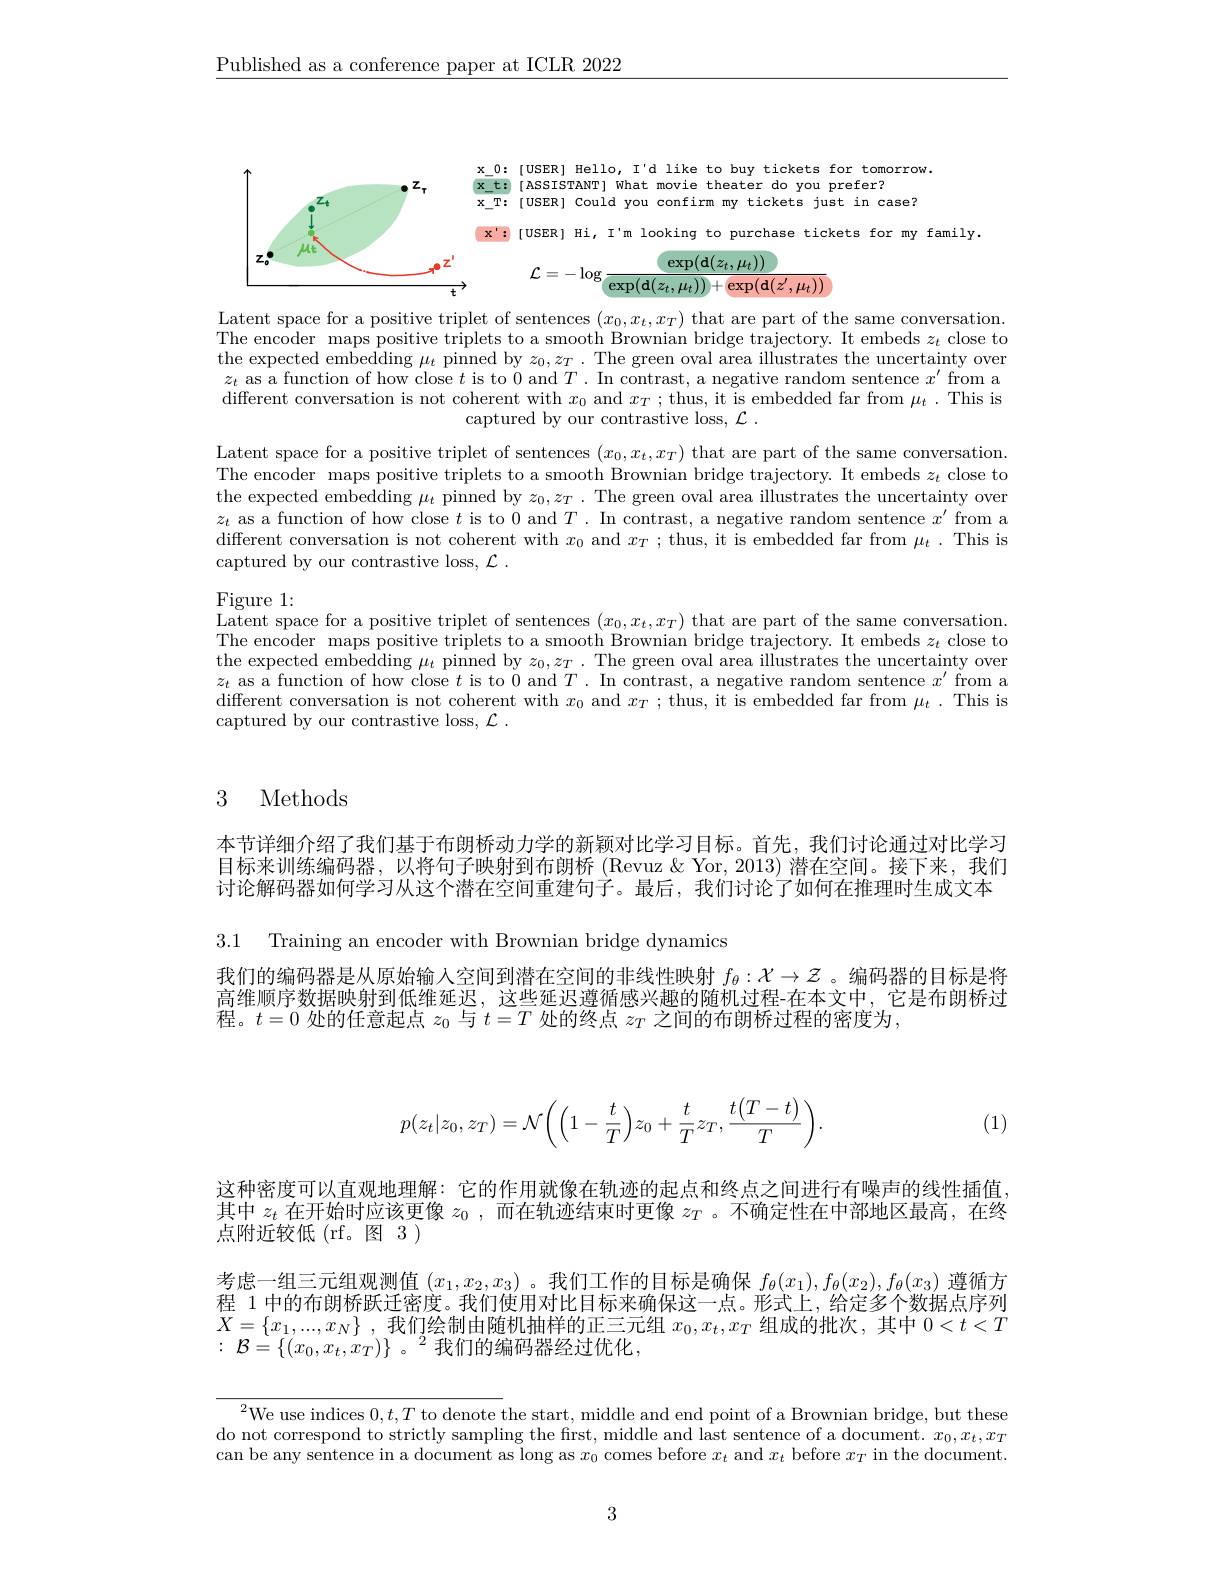
$\underline{\text{Published as a conference paper at ICLR 2022}}$

tomorrow. case?

<FigureHere>

for my family

Latent space for a positive triplet of sentences $(x_0,x_t,x_T)$ that are part of the same conversation. The encoder maps positive triplets to a smooth Brownian bridge trajectory. It embeds $z_t$ close to the expected embedding $\mu_t$ pinned by $z_0,z_T.$ The green oval area illustrates the uncertainty over $z_t$ as a function of how close $t$ is to 0 and $T.$ In contrast, a negative random sentence $x^\prime$ from
different conversation is not coherent with $x_0$ and $x_T;$ thus, it is embedded far from $\mu_t.$ This is
captured by our contrastive loss, $\mathcal{L}$ .

Latent space for a positive triplet of sentences $(x_0,x_t,x_T)$ that are part of the same conversation. The encoder maps positive triplets to a smooth Brownian bridge trajectory. It embeds $z_t$ close to the expected embedding $\mu_t$ pinned by $z_0,z_T.$ The green oval area illustrates the uncertainty over $z_t$ as a function of how close $t$ is to 0 and $T.$ In contrast, a negative random sentence $x^\prime$ from a different conversation is not coherent with $x_0$ and $x_T;$ thus, it is embedded far from $\mu_t.$ This is captured by our contrastive loss, $\mathcal{L}$ .

Figure 1:
Latent space for a positive triplet of sentences $(x_0,x_t,x_T)$ that are part of the same conversation. The encoder maps positive triplets to a smooth Brownian bridge trajectory. It embeds $z_t$ close to the expected embedding $\mu_t$ pinned by $z_0,z_T.$ The green oval area illustrates the uncertainty over $z_t$ as a function of how close $t$ is to 0 and $T.$ In contrast, a negative random sentence $x^\prime$ from different conversation is not coherent with $x_0$ and $x_T;$ thus, it is embedded far from $\mu_t.$ This is
captured by our contrastive loss, $\mathcal{L}$ .

### 3 Methods

本节详细介绍了我们基于布朗桥动力学的新颖对比学习目标。首先，我们讨论通过对比学习目标来训练编码器，以将句子映射到布朗桥 (Revuz & Yor, 2013) 潜在空间。接下来，我们讨论解码器如何学习从这个潜在空间重建句子。最后，我们讨论了如何在推理时生成文本

3.1 Training an encoder with Brownian bridge dynamics

我们的编码器是从原始输人空间到潜在空间的非线性映射$f_\theta:\mathcal{X}\to\mathcal{Z}$ 。编码器的目标是将高维顺序数据映射到低维延迟，这些延迟遵循感兴趣的随机过程-在本文中，它是布朗桥过程。$t=0$处的任意起点$z_0$与$t=T$处的终点$\bar{z_T}$之间的布朗桥过程的密度为，
$$p(z_t|z_0,z_T)=\mathcal{N}\bigg(\bigg(1-\frac{t}{T}\bigg)z_0+\frac{t}{T}z_T,\frac{t\big(T-t\big)}{T}\bigg).$$
(1)

这种密度可以直观地理解：它的作用就像在轨迹的起点和终点之间进行有噪声的线性插值， 其中$z_t$在开始时应该更像$z_0$,而在轨迹结束时更像$z_T$ 。不确定性在中部地区最高，在终点附近较低(rf。图3)

考虑一组三元组观测值$(x_1,x_2,x_3)$。我们工作的目标是确保$f_\theta(x_1),f_\theta(x_2),f_\theta(x_3)$遵循方程 1 中的布朗桥跃迁密度。我们使用对比目标来确保这一点。形式上，给定多个数据点序列$X= \{ x_1, . . . , x_N\}$ ,我们绘制由随机抽样的正三元组$x_0,x_t,x_T$组成的批次，其中$0<t<T$ : ${\mathcal{B} }= \{ ( x_{0}, x_{t}, x_{T}) \}$ $。\:^{2}$ ${\text{我 们 的 编 码 器 经 过 优 化 }}$,

$^{2}$We use indices $0,t,T$ to denote the start, middle and end point of a Brownian bridge, but these do not correspond to strictly sampling the first, middle and last sentence of a document. $x_0,x_t,x_T$ can be any sentence in a document as long as $x_0$ comes before $x_t$ and $x_t$ before $x_T$ in the document.

3